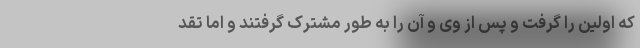
که اولین را گرفت و پس از وی و آن را به طور مشترک گرفتند و اما تقد